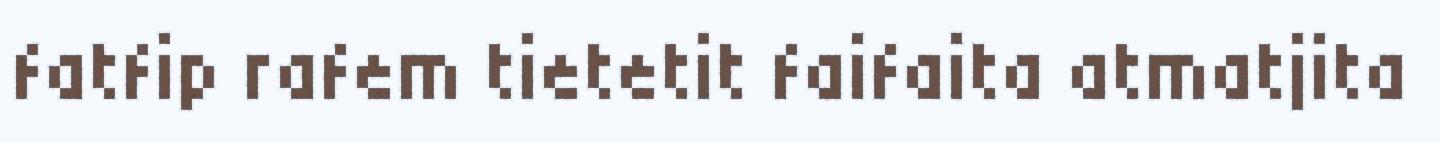
fatfip rafem tietetit faifaita atmatjita